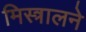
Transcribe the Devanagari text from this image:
मिस्त्रालने